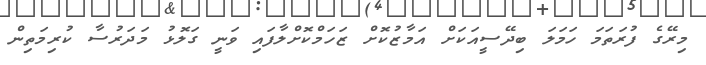
މިރޭގެ ފުރަތަމަ ހަމަލަ ބިދޭސީއަކަށް އަމާޒުކޮށް ޒަހަމްކޮށްލާފައި ވަނީ ގަލޮޅު މަދަރުސާ ކުރިމަތިން